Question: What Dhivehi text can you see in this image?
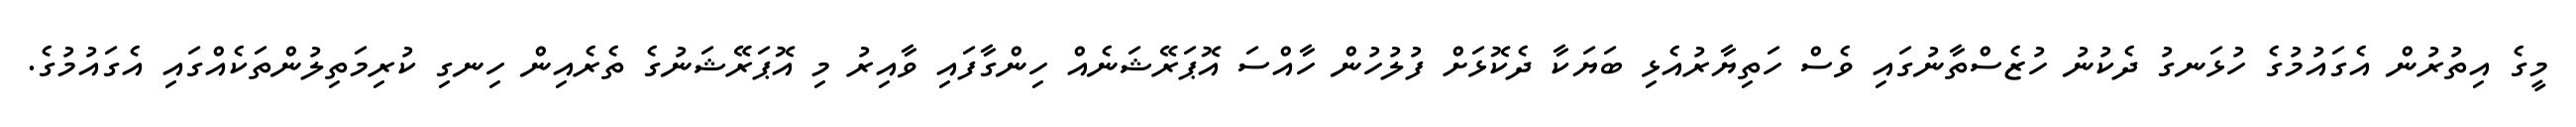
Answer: މީގެ އިތުރުން އެގައުމުގެ ހުޅަނގު ދެކުނު ހުޒެސްތާނުގައި ވެސް ހަތިޔާރުއެޅި ބަޔަކާ ދެކޮޅަށް ފުލުހުން ހާއްސަ އޮޕަރޭޝަނެއް ހިންގާފައި ވާއިރު މި އޮޕަރޭޝަނުގެ ތެރެއިން ހިނގި ކުރިމަތިލުންތަކެއްގައި އެގައުމުގެ.